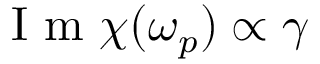
\mathrm { ~ I ~ m ~ } \chi ( \omega _ { p } ) \propto \gamma